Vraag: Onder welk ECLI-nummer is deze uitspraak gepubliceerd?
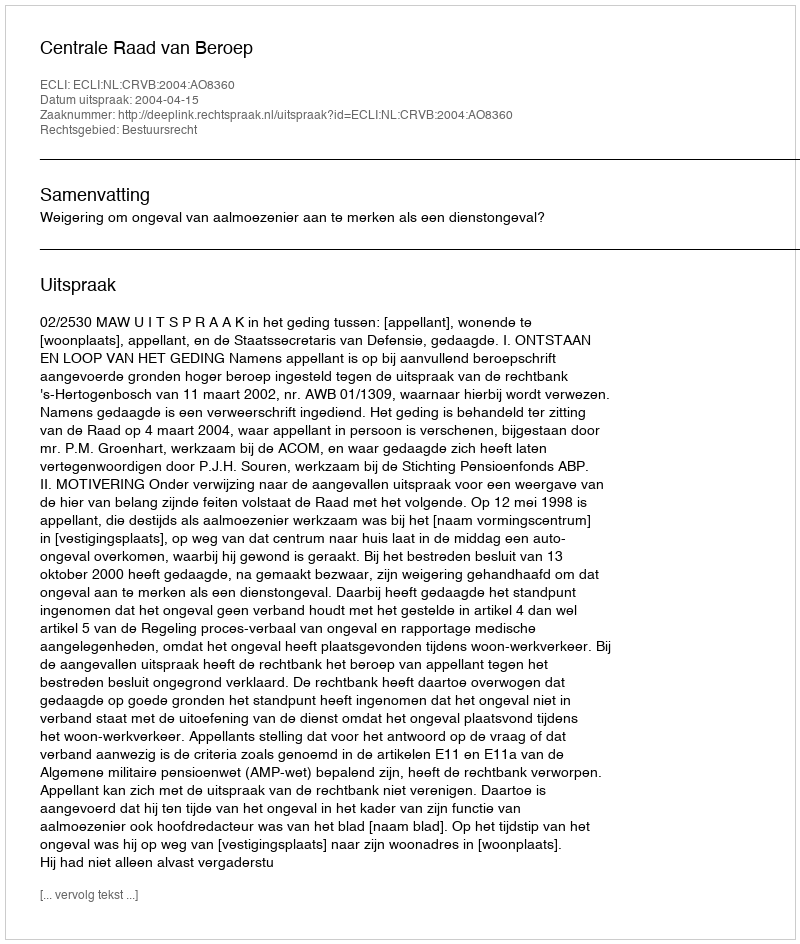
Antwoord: ECLI:NL:CRVB:2004:AO8360